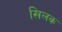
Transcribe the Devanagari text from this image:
खिलक